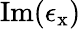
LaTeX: \mathrm{Im}(\epsilon_{\mathrm{x}})